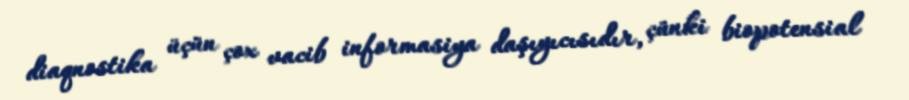
diaqnostika üçün çox vacib informasiya daşıyıcısıdır, çünki biopotensial